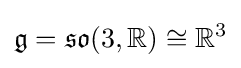
{\mathfrak {g}}={\mathfrak {so}}(3,\mathbb {R} )\cong \mathbb {R} ^{3}